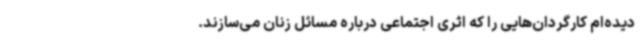
دیده‌ام کارگردان‌هایی را که اثری اجتماعی درباره مسائل زنان می‌سازند.